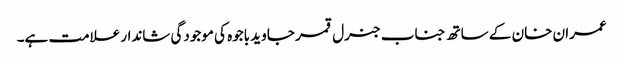
عمران خان کے ساتھ جناب جنرل قمر جاوید باجوہ کی موجودگی شاندار علامت ہے۔